Tallinna_kinnistusamet, lk 25
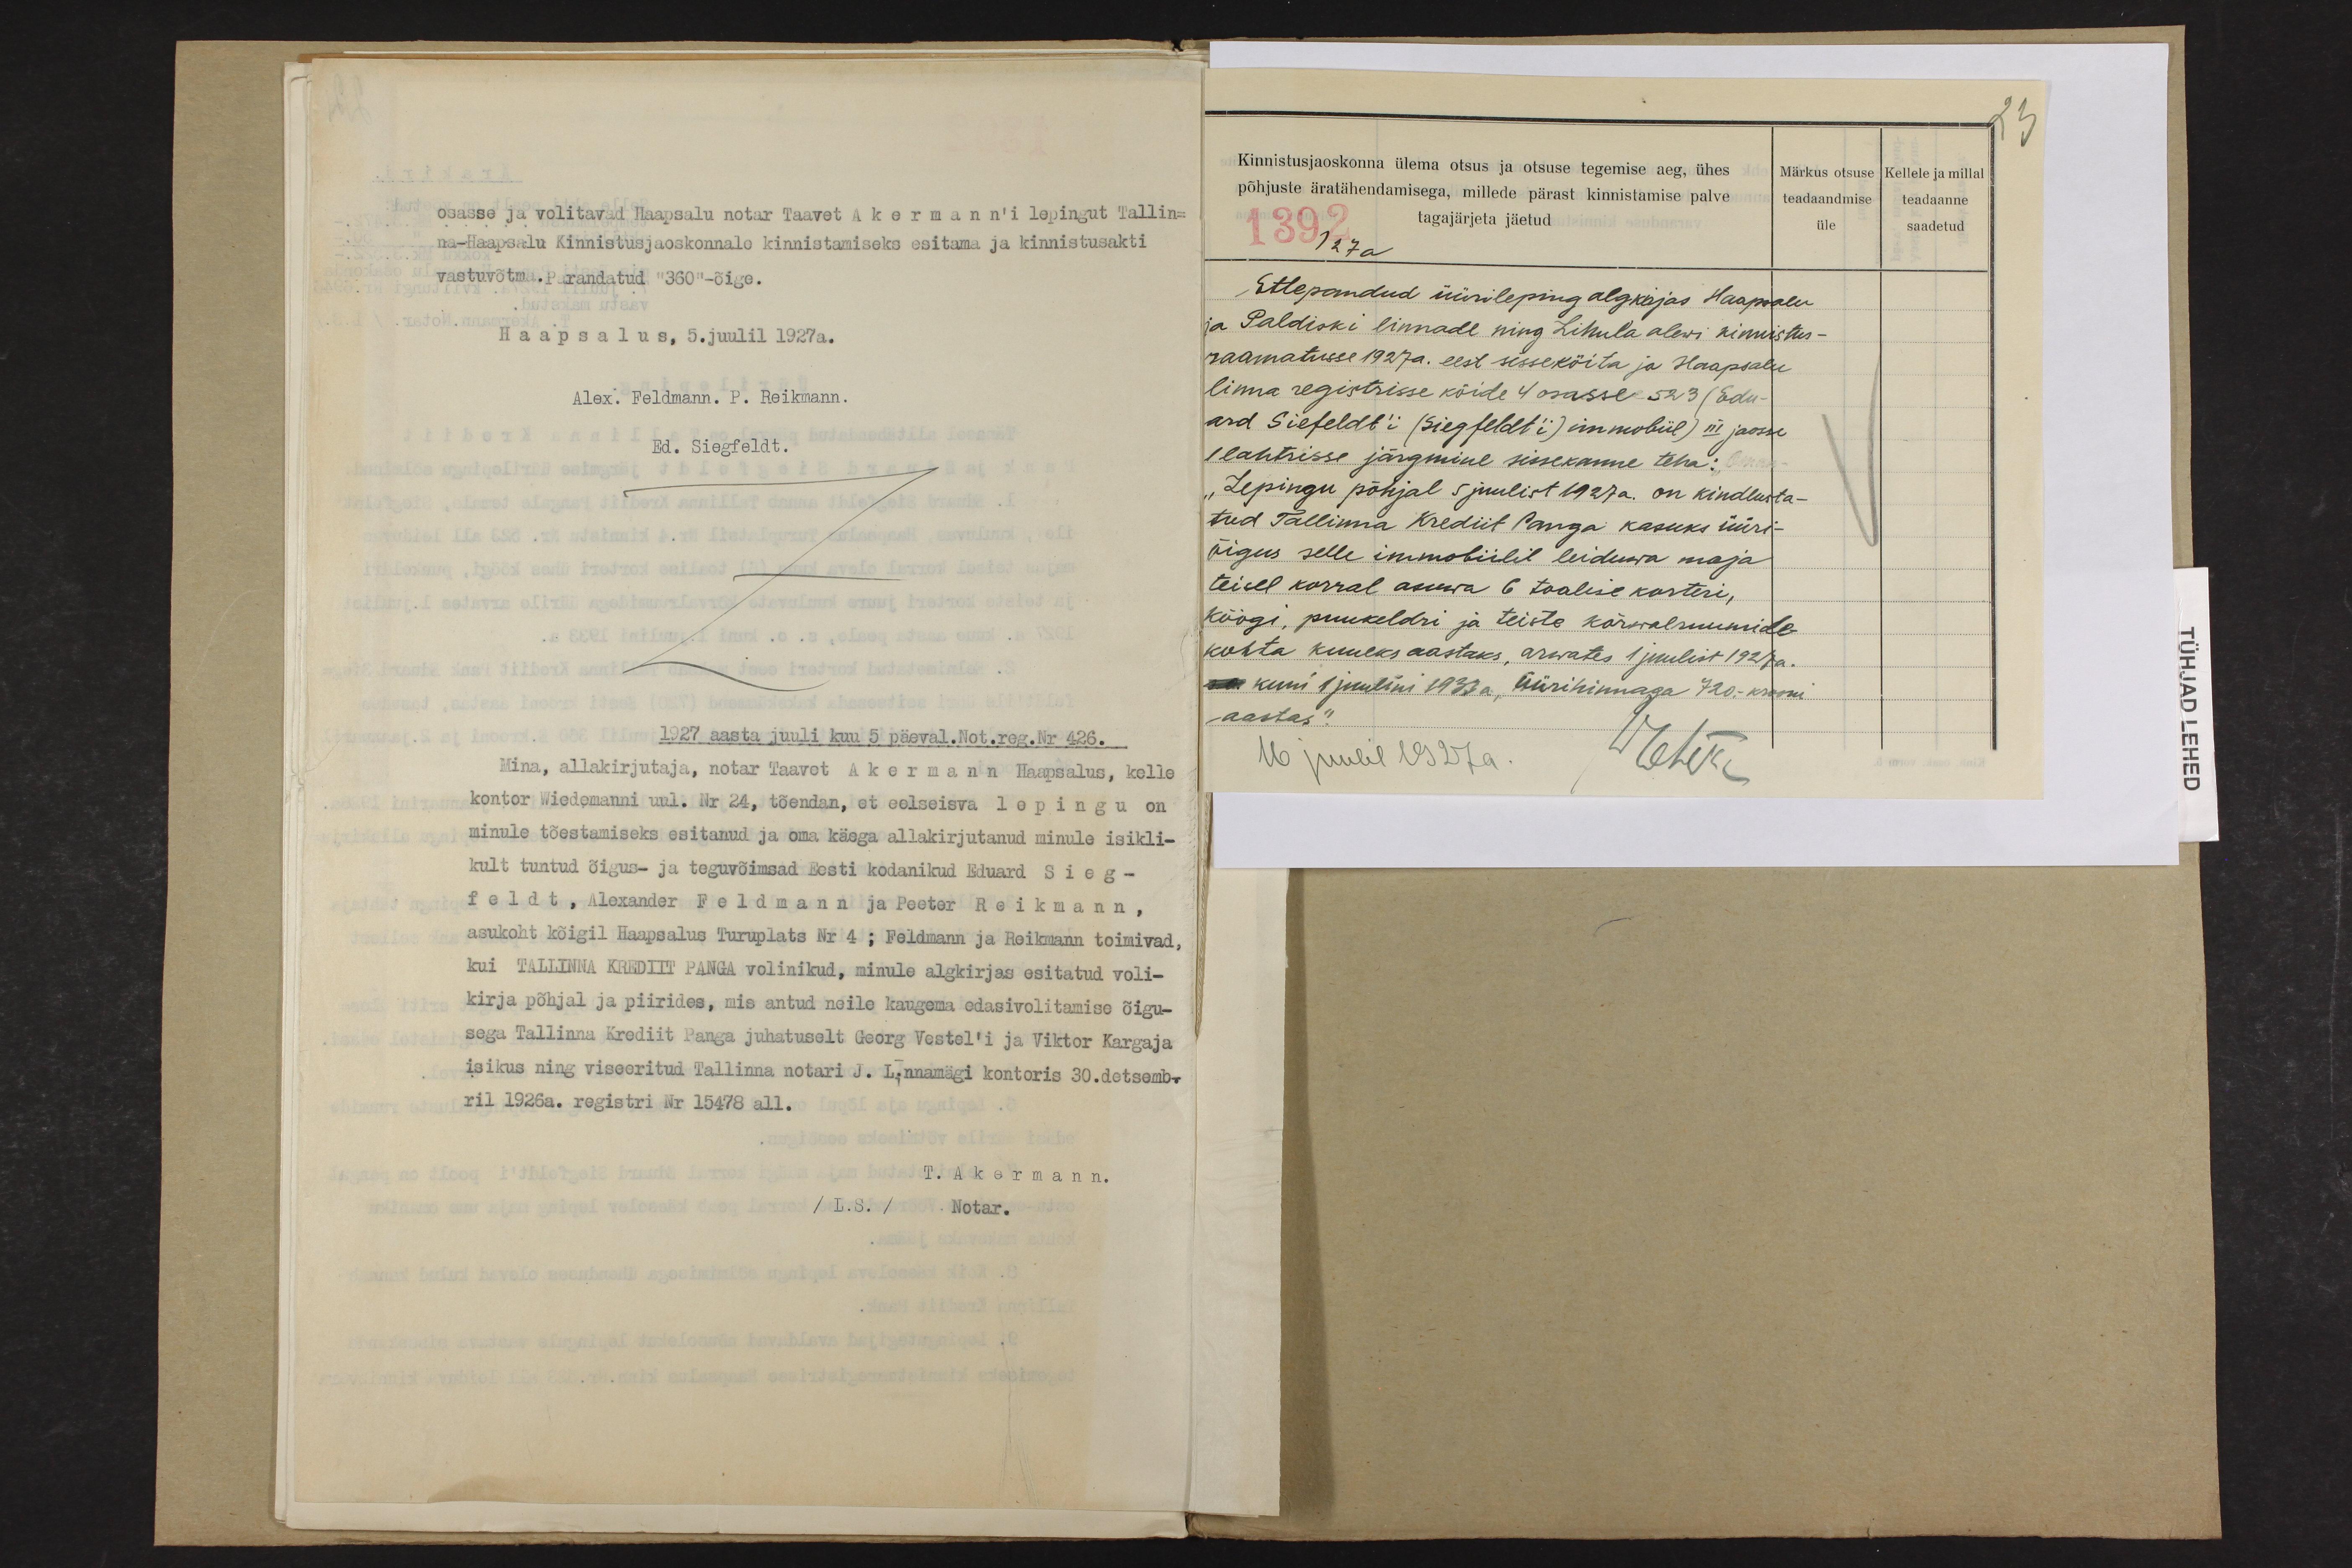
osasse ja volitavad Haapsalu notar Taavet Akermann'i lepingut Tallin-
na-Haapsalu Kinnistusjaoskonnale kinnistamiseks esitama ja kinnistusakti
vastuvõtma. Parandatud "360"-õige.
Haapsalus, 5. juulil 1927 a.
Alex. Feldmann. P. Reikmann.
Ed. Siegfeldt.
1927 aasta juuli kuu 5 päeval. Not. reg. Nr 426.
Mina, allakirjutaja, notar Taavet Akermann Haapsalus, kelle
kontor Wiedemanni uul. Nr 24, tõendan, et eelseisva lepingu on
minule tõestamiseks esitanud ja oma käega allakirjutanud minule isikli-
kult tuntud õigus- ja teguvõimsad Eesti kodanikud Eduard Sieg-
feldt, Alexander Feldmann ja Peeter Reikmann,
asukoht kõigil Haapsalus Turuplats Nr 4; Feldmann ja Reikmann toimivad,
kui TALLINNA KREDIIT PANGA volinikud, minule algkirjas esitatud voli-
kirja põhjal ja piirides, mis antud neile kaugema edasivolitamise õigu-
sega Tallinna Krediit Panga juhatuselt Georg Vestel'i ja Viktor Kargaja
isikus ning viseeritud Tallinna notari J. Linnamägi kontoris 30. detsemb-
ril 1926 a. registri Nr 15478 all.
T. Akermann.
/L.S. / Notar.

23
Kinnistusjaoskonna ülema otsus ja otsuse tegemise aeg, ühes
Märkus otsuse
Kellele ja millal
põhjuste äratähendamisega, millede pärast kinnistamise palv
teadaandmise
teadaanne
1392 tagajärjeta jäetud
üle
saadetud
Ettepandud üürileping algkirjas Haapsalu
ja Paldiski linnade ning Lihula alewi kinnistus-
raamatusse 1927 a. eest sisseköita ja Haapsalus
linna registrisse köide 4 osasse 523 (Edu-
ard Siefeldt'i (Siegfeldt´i) inmobiil) III jaosse
1 lahtrisse järgmine sissekanne teha:
"Lepingu põhjal 5 juulist 1927 a. on kindlusta-
tud Tallinna Krediit Panga kasuks üüri-
õigus selle immobiilil leiduwa maja
teisel korral asuwa 6 toalise korteri,
köögi, puukeldri ja teiste kõrwalruumide
kohta kuueks aastaks, arwates 1 juulist 1927 a.
sa kuni 1 juulini 1933 a. Üürihinnaga 720.- krooni
aastas".
16 juulil 1927 a.
Mehed